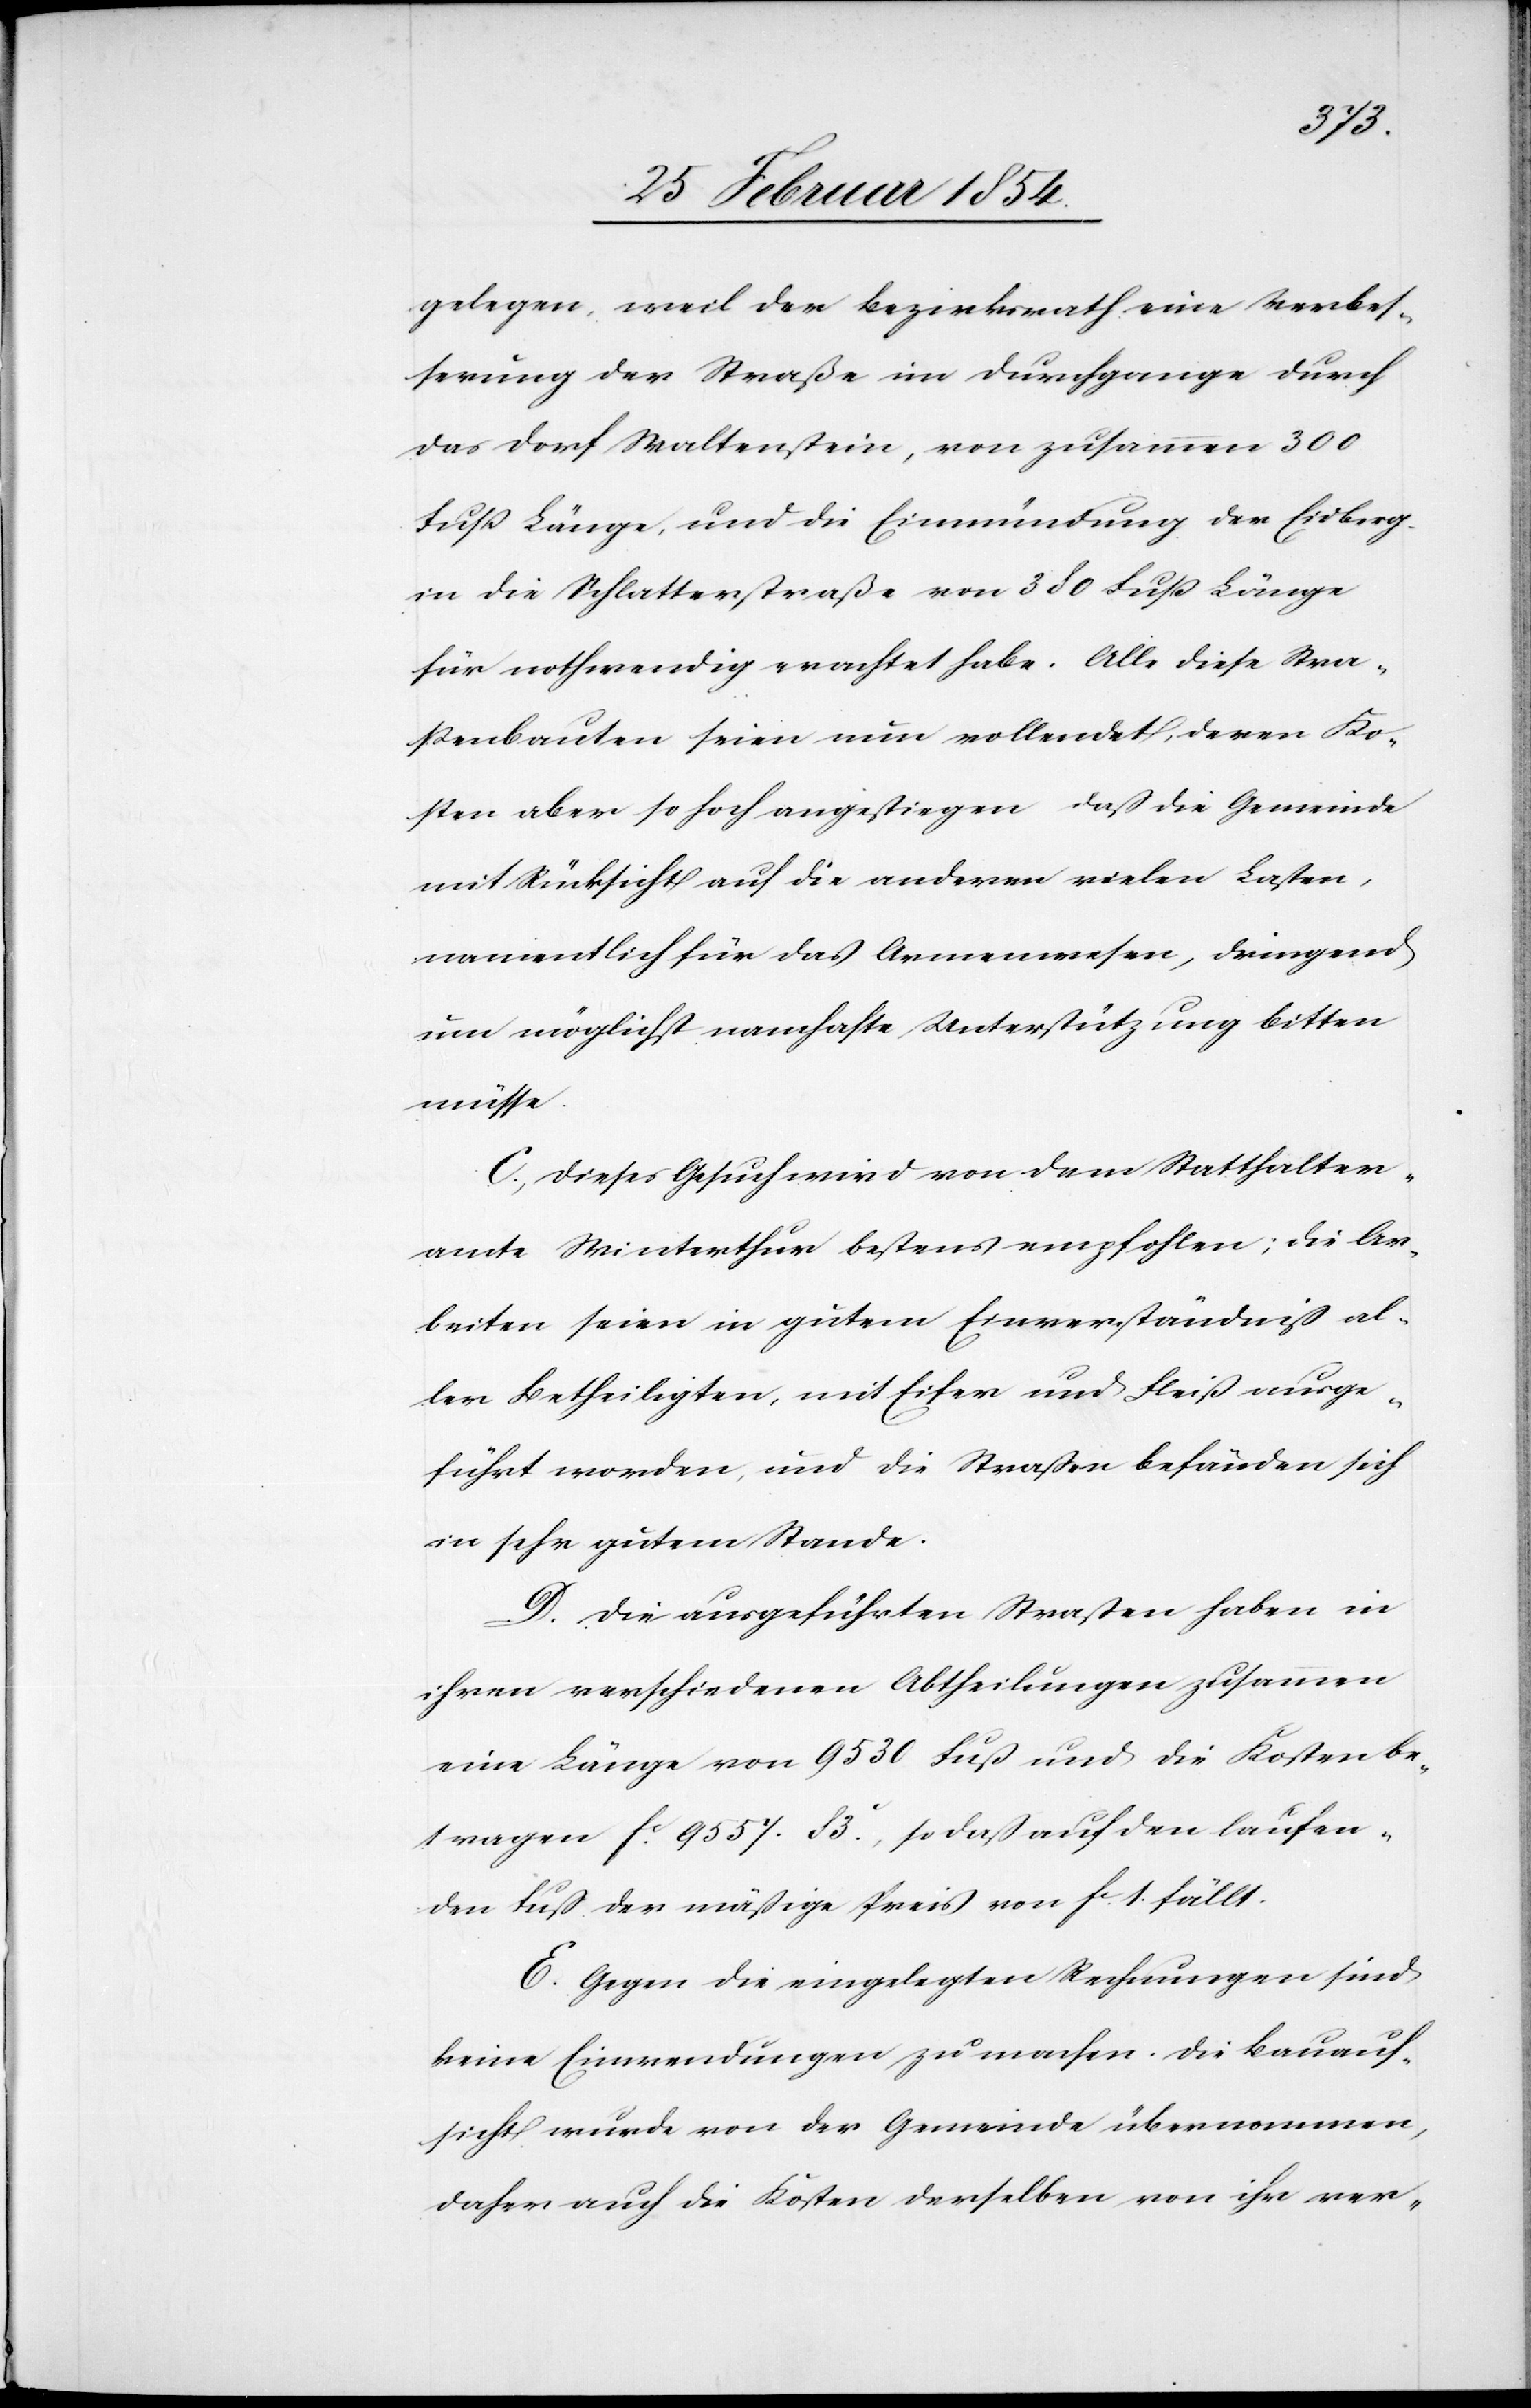
gelegen, weil der Bezirksrath eine Verbes¬
serung der Straße im Durchgange durch
das Dorf Waltenstein, von zusammen 300
Fuß Länge, und die Einmündung der Eidberg-
in die Schlatterstraße von 380 Fuß Länge
für nothwendig erachtet habe. Alle diese Stra¬
ßenbauten seien nun vollendet, deren Ko¬
sten aber so hoch angestiegen daß die Gemeinde
mit Rücksicht auf die anderen vielen Lasten,
namentlich für das Armenwesen, dringend
um möglichst namhafte Unterstützung bitten
müsse.
C. Dieses Gesuch wird von dem Statthalter¬
amte Winterthur bestens empfohlen; die Ar¬
beiten seien in gutem Einverständniß al¬
ler Betheiligten, mit Eifer und Fleiß ausge¬
führt worden, und die Straßen befänden sich
in sehr gutem Stande.
D. Die ausgeführten Straßen haben in
ihren verschiedenen Abtheilungen zusammen
eine Länge von 9530 Fuß und die Kosten be¬
tragen Fc 9557.83c, so daß auf den laufen¬
den Fuß der mäßige Preis von Fc 1. fällt.
E. Gegen die eingelegten Rechnungen sind
keine Einwendungen zu machen. Die Bauauf¬
sicht wurde von der Gemeinde übernommen,
daher auch die Kosten derselben von ihr ver-